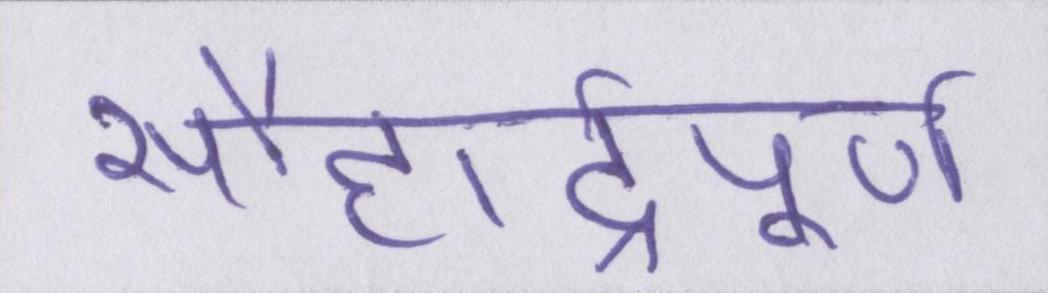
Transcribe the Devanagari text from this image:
सौहार्द्रपूर्ण